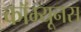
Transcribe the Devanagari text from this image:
कॉम्यूनस